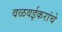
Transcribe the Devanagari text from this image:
वळवईकरांचे